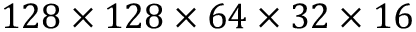
1 2 8 \times 1 2 8 \times 6 4 \times 3 2 \times 1 6